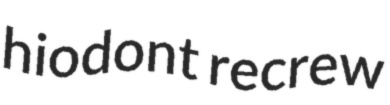
hiodont recrew